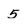
Character: 5